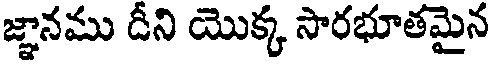
జ్ఞానము దీని యొక్క సారభూతమైన